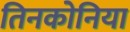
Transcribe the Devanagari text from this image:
तिनकोनिया